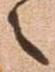
之